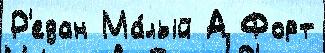
Р'едан Ма́лый А Форт